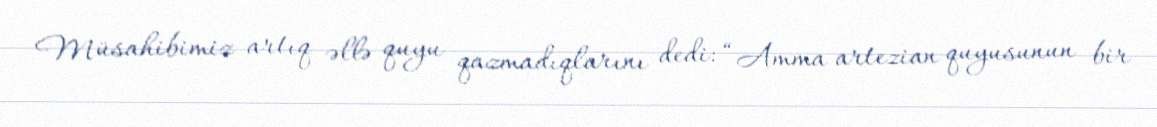
Müsahibimiz artıq əllə quyu qazmadıqlarını dedi: “Amma artezian quyusunun bir